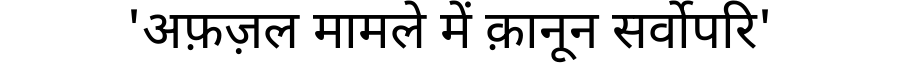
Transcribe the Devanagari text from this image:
'अफ़ज़ल मामले में क़ानून सर्वोपरि'